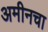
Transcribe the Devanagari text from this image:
अमीनचा